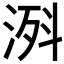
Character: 𣷊